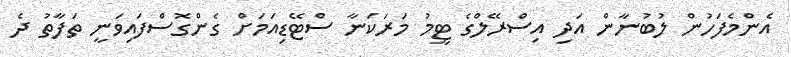
އެންމެފަހުން ލުބުނާން އަދި އިސްރޭލްގެ ޓީމު މަރަކަނާ ސްޓޭޑިއަމަށް ގެންގޮސްފައިވަނީ ތަފާތު ދެ